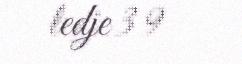
ledje 3 9